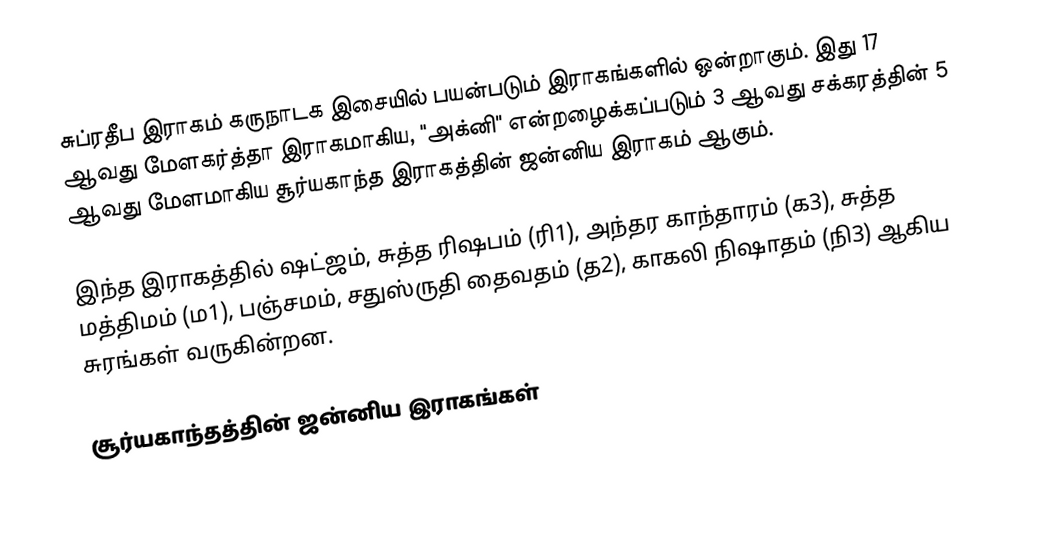
சுப்ரதீப இராகம் கருநாடக இசையில் பயன்படும் இராகங்களில் ஒன்றாகும். இது 17 ஆவது மேளகர்த்தா இராகமாகிய, "அக்னி" என்றழைக்கப்படும் 3 ஆவது சக்கரத்தின் 5 ஆவது மேளமாகிய சூர்யகாந்த இராகத்தின் ஜன்னிய இராகம் ஆகும்.

இந்த இராகத்தில் ஷட்ஜம், சுத்த ரிஷபம் (ரி1), அந்தர காந்தாரம் (க3), சுத்த மத்திமம் (ம1), பஞ்சமம், சதுஸ்ருதி தைவதம் (த2), காகலி நிஷாதம் (நி3) ஆகிய சுரங்கள் வருகின்றன.

சூர்யகாந்தத்தின் ஜன்னிய இராகங்கள்